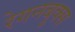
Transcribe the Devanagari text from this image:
रेगनबुक्स